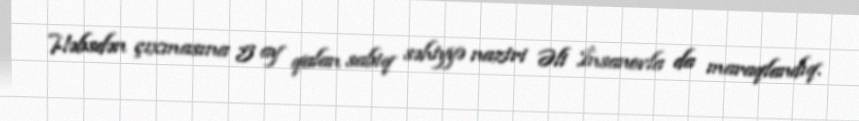
Həbsdən çıxmasına 5 ay qalan sabiq səhiyyə naziri Əli İnsanovla da maraqlandıq.